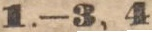
1.—3, 4